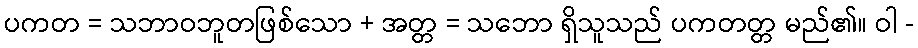
ပကတ = သဘာဝဘူတဖြစ်သော + အတ္တ = သဘော ရှိသူသည် ပကတတ္တ မည်၏။ ဝါ -